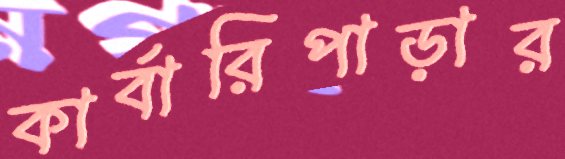
কার্বারিপাড়ার